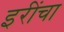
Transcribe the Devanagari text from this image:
इरींचा